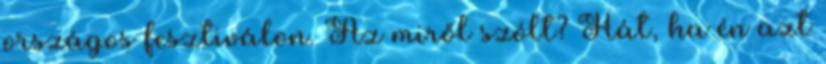
országos fesztiválon. Az miről szólt? Hát, ha én azt